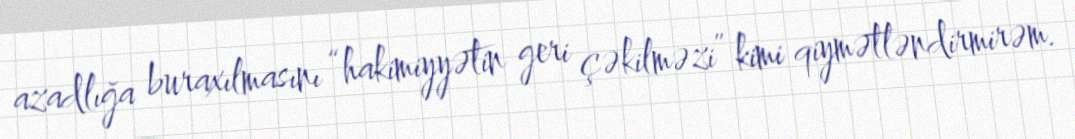
azadlığa buraxılmasını “hakimiyyətin geri çəkilməzi” kimi qiymətləndirmirəm.